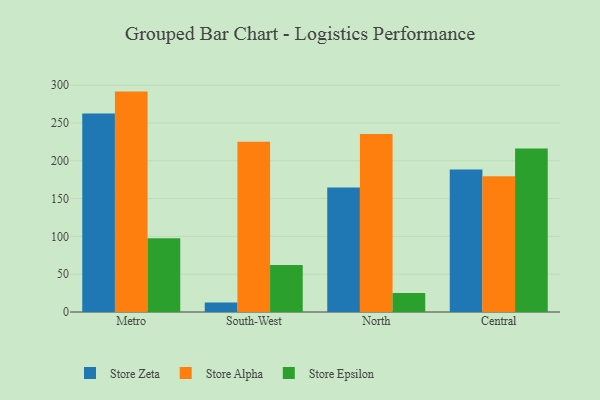
{"axis": {"x": "Region", "y": "Population (Million)"}, "legend": ["Store Alpha", "Store Epsilon", "Store Zeta"], "data": [{"x": "Metro", "y": 262.6, "type": "Store Zeta"}, {"x": "Metro", "y": 291.5, "type": "Store Alpha"}, {"x": "Metro", "y": 97.5, "type": "Store Epsilon"}, {"x": "South-West", "y": 12.6, "type": "Store Zeta"}, {"x": "South-West", "y": 225.1, "type": "Store Alpha"}, {"x": "South-West", "y": 62.1, "type": "Store Epsilon"}, {"x": "North", "y": 164.6, "type": "Store Zeta"}, {"x": "North", "y": 235.4, "type": "Store Alpha"}, {"x": "North", "y": 25.1, "type": "Store Epsilon"}, {"x": "Central", "y": 188.5, "type": "Store Zeta"}, {"x": "Central", "y": 179.5, "type": "Store Alpha"}, {"x": "Central", "y": 216.1, "type": "Store Epsilon"}]}